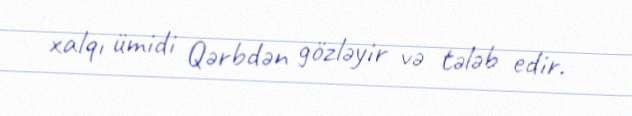
xalqı ümidi Qərbdən gözləyir və tələb edir.